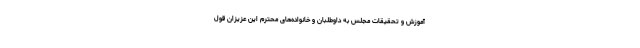
آموزش و تحقیقات مجلس به داوطلبان و خانواده‌های محترم این عزیزان قول